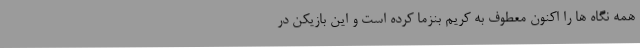
همه نگاه ها را اکنون معطوف به کریم بنزما کرده است و این بازیکن در